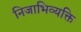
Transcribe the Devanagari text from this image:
निजाभिव्यक्ति